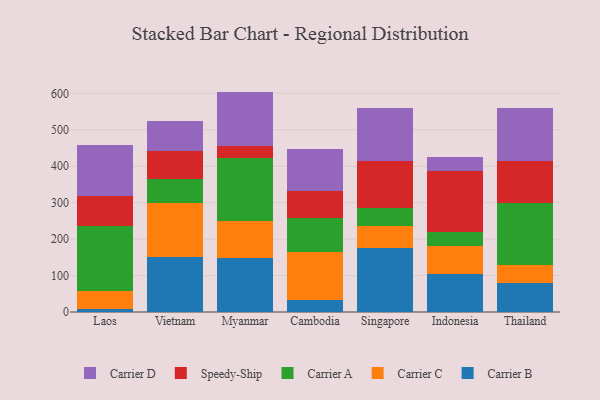
{"axis": {"x": "Country", "y": "Satisfaction Score"}, "legend": ["Carrier A", "Carrier B", "Carrier C", "Carrier D", "Speedy-Ship"], "data": [{"x": "Laos", "y": 9.6, "type": "Carrier B"}, {"x": "Laos", "y": 47.7, "type": "Carrier C"}, {"x": "Laos", "y": 178.8, "type": "Carrier A"}, {"x": "Laos", "y": 81.2, "type": "Speedy-Ship"}, {"x": "Laos", "y": 141.2, "type": "Carrier D"}, {"x": "Vietnam", "y": 150.1, "type": "Carrier B"}, {"x": "Vietnam", "y": 150.2, "type": "Carrier C"}, {"x": "Vietnam", "y": 65.7, "type": "Carrier A"}, {"x": "Vietnam", "y": 76.6, "type": "Speedy-Ship"}, {"x": "Vietnam", "y": 82.6, "type": "Carrier D"}, {"x": "Myanmar", "y": 148.2, "type": "Carrier B"}, {"x": "Myanmar", "y": 102.2, "type": "Carrier C"}, {"x": "Myanmar", "y": 172.7, "type": "Carrier A"}, {"x": "Myanmar", "y": 33.2, "type": "Speedy-Ship"}, {"x": "Myanmar", "y": 148.4, "type": "Carrier D"}, {"x": "Cambodia", "y": 34.1, "type": "Carrier B"}, {"x": "Cambodia", "y": 129.9, "type": "Carrier C"}, {"x": "Cambodia", "y": 93.5, "type": "Carrier A"}, {"x": "Cambodia", "y": 75.5, "type": "Speedy-Ship"}, {"x": "Cambodia", "y": 114.2, "type": "Carrier D"}, {"x": "Singapore", "y": 174.7, "type": "Carrier B"}, {"x": "Singapore", "y": 60.4, "type": "Carrier C"}, {"x": "Singapore", "y": 49.0, "type": "Carrier A"}, {"x": "Singapore", "y": 129.1, "type": "Speedy-Ship"}, {"x": "Singapore", "y": 146.2, "type": "Carrier D"}, {"x": "Indonesia", "y": 103.2, "type": "Carrier B"}, {"x": "Indonesia", "y": 79.2, "type": "Carrier C"}, {"x": "Indonesia", "y": 37.8, "type": "Carrier A"}, {"x": "Indonesia", "y": 166.6, "type": "Speedy-Ship"}, {"x": "Indonesia", "y": 39.6, "type": "Carrier D"}, {"x": "Thailand", "y": 80.7, "type": "Carrier B"}, {"x": "Thailand", "y": 49.5, "type": "Carrier C"}, {"x": "Thailand", "y": 169.2, "type": "Carrier A"}, {"x": "Thailand", "y": 115.4, "type": "Speedy-Ship"}, {"x": "Thailand", "y": 143.6, "type": "Carrier D"}]}